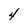
Character: 4